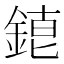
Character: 𨨇